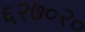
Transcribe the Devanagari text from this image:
६२७०२०